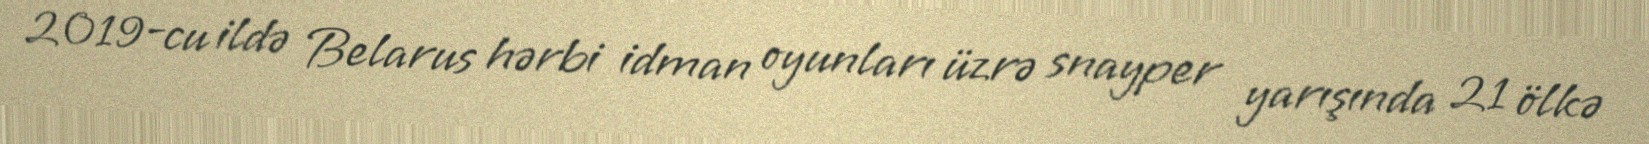
2019-cu ildə Belarus hərbi idman oyunları üzrə snayper yarışında 21 ölkə